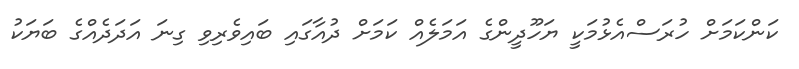
ކަންކަމަށް ހުރަސްއެޅުމަކީ ޔަހޫދީންގެ އަމަލެއް ކަމަށް ދުއާގައި ބައިވެރިވި ގިނަ އަދަދެއްގެ ބަޔަކު